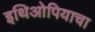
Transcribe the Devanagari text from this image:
इथिओपियाचा